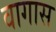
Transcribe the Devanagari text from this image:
वागास